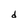
Character: d